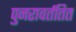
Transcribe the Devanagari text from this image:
पुनरावर्ततित